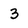
Character: 3